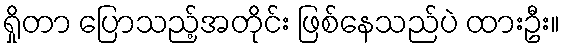
ရှိုတာ ပြောသည့်အတိုင်း ဖြစ်နေသည်ပဲ ထားဦး။